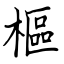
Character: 樞